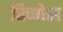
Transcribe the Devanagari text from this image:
हिप्पोस